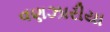
વણઝારીયા